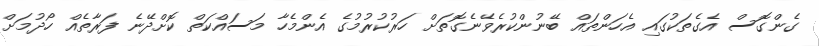
ގެންގޮސް އެގެތަކުގައި އެހަންތައް ބޭނުންކުރެވޭނެގޮތަށް ހަރުކުރުމުގެ އެންމެހާ މަސައްކަތް ކޮށްދޭނެ ފަރާތެއް ހޯދުމަށް